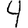
Digit: 4